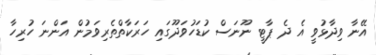
އޭނާ ވިދާޅުވީ އެ ދެ ޕާޓީ ނޫނަސް ކުޑަހުވަދޫގައި ހަރަކާތްތެރިވަމުން އަންނަ ހުރިހާ